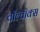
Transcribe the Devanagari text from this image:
वॉल्वॉक्स